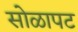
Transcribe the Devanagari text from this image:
सोळापट